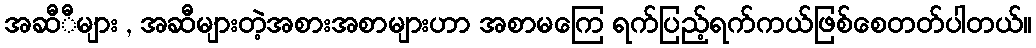
အဆီီများ , အဆီများတဲ့အစားအစာများဟာ အစာမကြေ ရက်ပြည့်ရက်ကယ်ဖြစ်စေတတ်ပါတယ်။